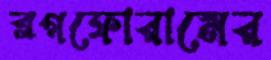
ব্লগফোরামের